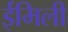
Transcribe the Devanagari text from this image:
ईमिली